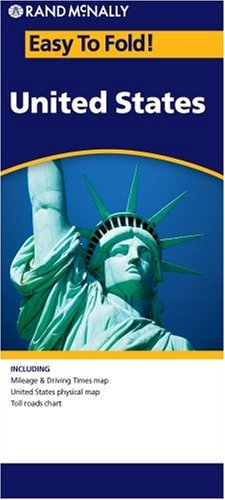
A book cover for Rand McNally Easy to Fold: United States; Rand McNally; Reference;